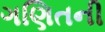
ગણિતની